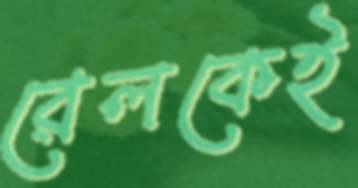
রেলকেই